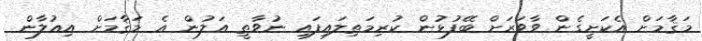
މަޤާމަށް އެކަށީގެން ވާވަރަށް ބޭފުޅުން ކުރިމަތިލައިފައި ނުވާތީ އަލުން އެ މަޤާމަށް އިޢުލާން